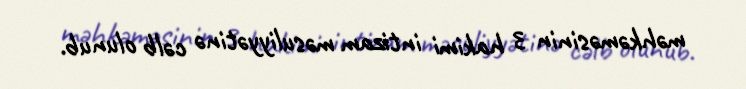
məhkəməsinin 3 hakimi intizam məsuliyyətinə cəlb olunub.